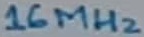
Text: 16MHz